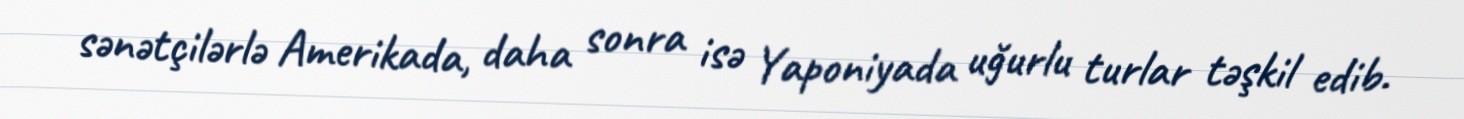
sənətçilərlə Amerikada, daha sonra isə Yaponiyada uğurlu turlar təşkil edib.